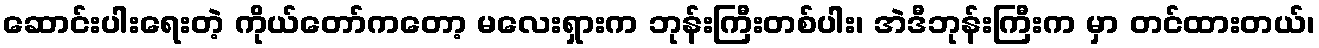
ဆောင်းပါးရေးတဲ့ ကိုယ်တော်ကတော့ မလေးရှားက ဘုန်းကြီးတစ်ပါး၊ အဲဒီဘုန်းကြီးက မှာ တင်ထားတယ်၊